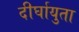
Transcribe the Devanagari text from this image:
दीर्घायुता